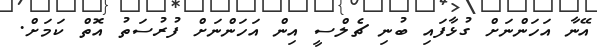
އޭނާ އަހަންނަށް ގުޅާފައި ބުނި ޗެލްސީ އިން އަހަންނަށް ފުރުސަތު އޮތް ކަމަށް.